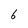
Character: 6